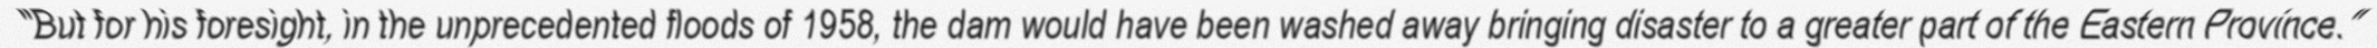
"But for his foresight, in the unprecedented floods of 1958, the dam would have been washed away bringing disaster to a greater part of the Eastern Province."